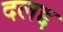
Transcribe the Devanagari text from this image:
दलद्द